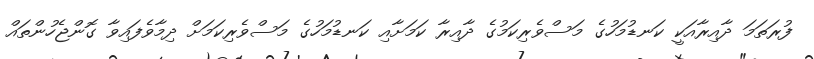
ފުރަތަމަ ދާއިރާއަކީ ކަނޑުމަހުގެ މަސްވެރިކަމުގެ ދާއިރާ ކަމަށާއި ކަނޑުމަހުގެ މަސްވެރިކަމަށް ދިމާވެފައިވާ ގޮންޖެހުންތައް